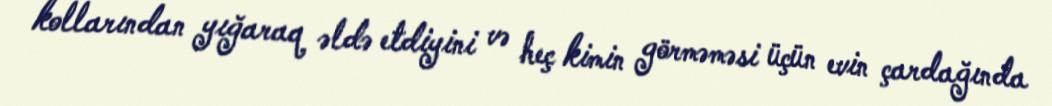
kollarından yığaraq əldə etdiyini və heç kimin görməməsi üçün evin çardağında